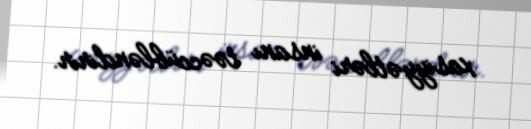
xasiyyətləri insanı təəccübləndirir.